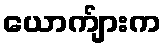
ယောက်ျားက